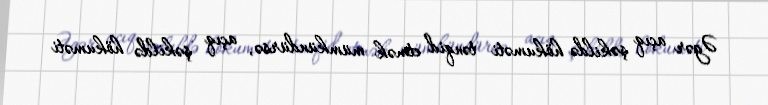
Əgər açıq şəkildə hökuməti tənqid etmək mümkündürsə, açıq şəkildə hökuməti